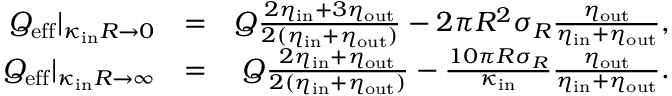
\begin{array} { r l r } { Q _ { \mathrm { e f f } } | _ { \kappa _ { \mathrm { i n } } R \to 0 } } & { = } & { Q \frac { 2 \eta _ { \mathrm { i n } } + 3 \eta _ { \mathrm { o u t } } } { 2 ( \eta _ { \mathrm { i n } } + \eta _ { \mathrm { o u t } } ) } - 2 \pi R ^ { 2 } \sigma _ { R } \frac { \eta _ { \mathrm { o u t } } } { \eta _ { \mathrm { i n } } + \eta _ { \mathrm { o u t } } } , } \\ { Q _ { \mathrm { e f f } } | _ { \kappa _ { \mathrm { i n } } R \to \infty } } & { = } & { Q \frac { 2 \eta _ { \mathrm { i n } } + \eta _ { \mathrm { o u t } } } { 2 ( \eta _ { \mathrm { i n } } + \eta _ { \mathrm { o u t } } ) } - \frac { 1 0 \pi R \sigma _ { R } } { \kappa _ { \mathrm { i n } } } \frac { \eta _ { \mathrm { o u t } } } { \eta _ { \mathrm { i n } } + \eta _ { \mathrm { o u t } } } . } \end{array}